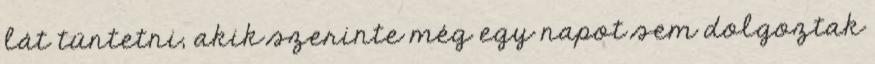
lát tüntetni, akik szerinte még egy napot sem dolgoztak